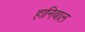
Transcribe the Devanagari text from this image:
हानिबाल